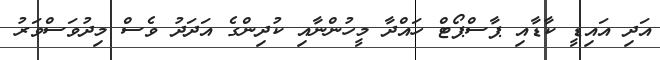
އަދި އައިޑީ ކާޑާއި ޕާސްޕޯޓް ހައްދާ މީހުންނާއި ކުދިންގެ އަދަދު ވެސް މިދުވަސްވަރު